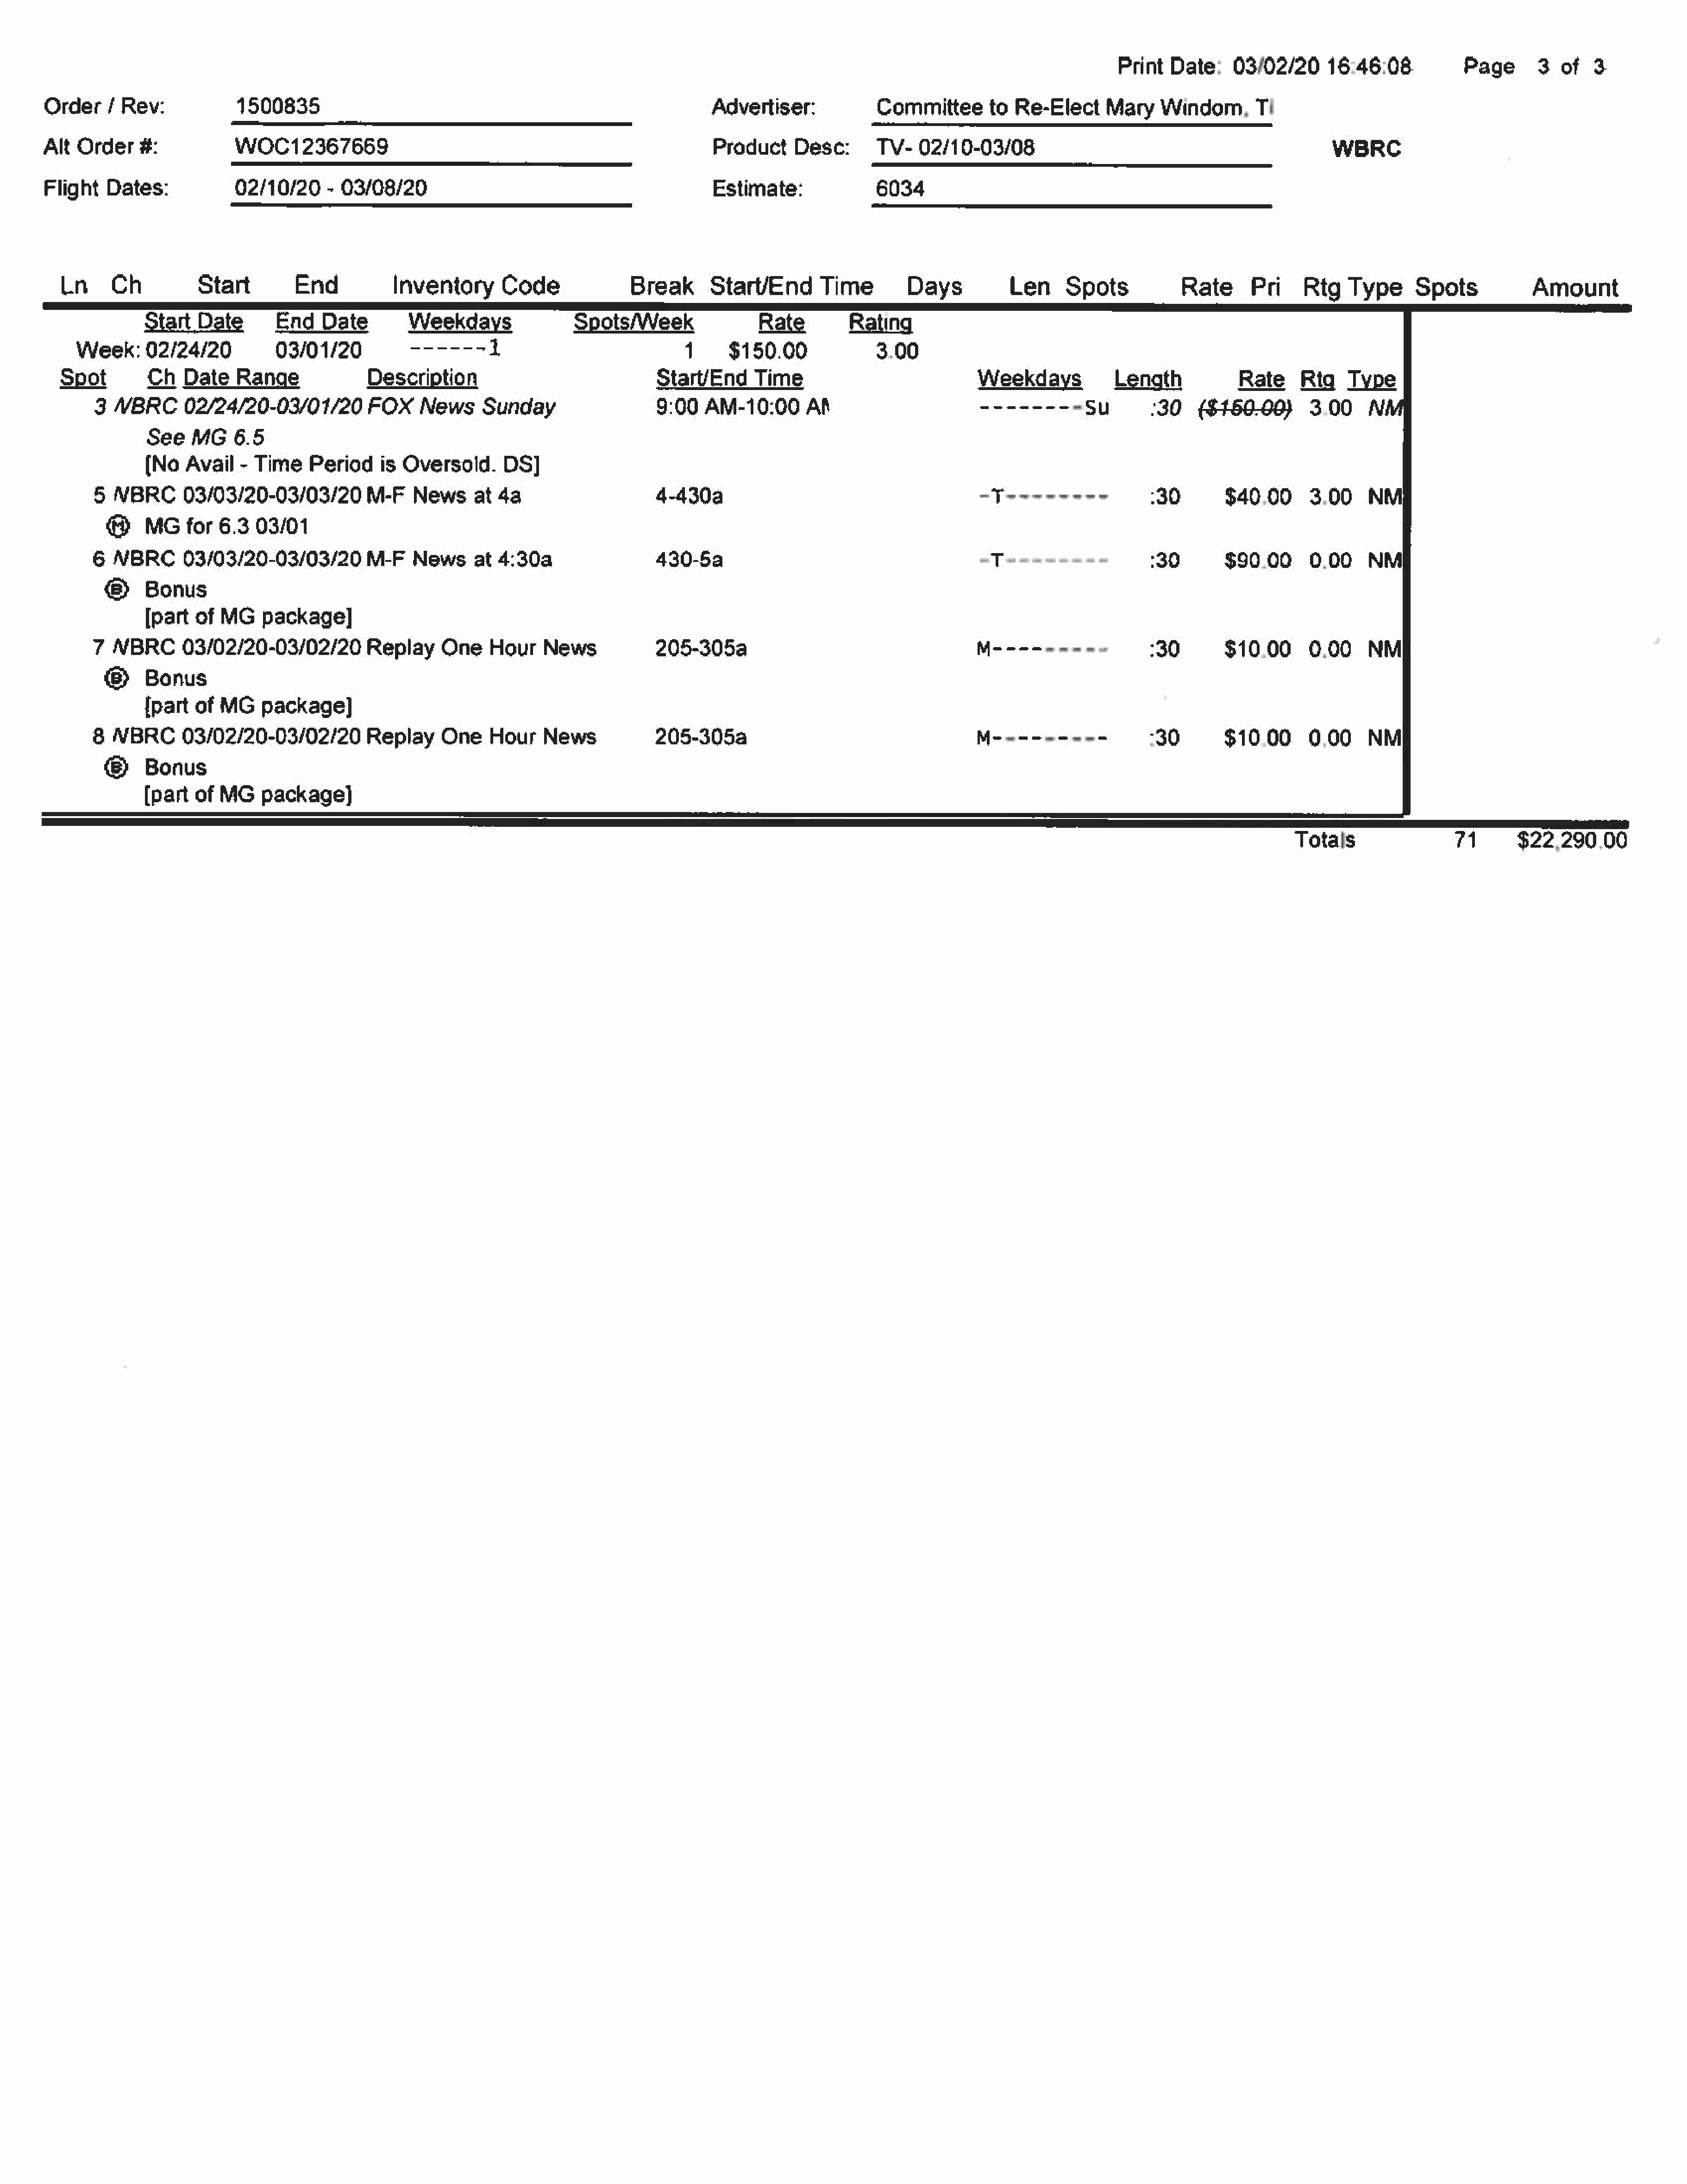
Print  Date:    03/02/20      16:46:08.          Page       3  of   3
 Order    / Rev:             1500835                                                             Advertiser:            Committee       to  Re-Elect     Mary    Windom,     Ti
 Alt  Order    #:            WOC12367669                                                         Product     Desc:      TV-   02/10-03/08                                                WBRC
 Flight   Dates:             02/10/20     - 03/08/20                                             Estimate:              6034
 Ln     Ch          Start         End           Inventory       Code              Break       StarvEndTime                Days          Len     Spots            Rate      Pri    Rtg    Type     Spots            Amount
 StartDate          EndDate           Weekdays                Spots/Week                 Rate        Rating
 Week:     02/24/20          03/01/2000          ------     1                           1     $150.00              3.00
 Spot        Ch   Date    Range              Description                              StarvEnd      Time
 3  NBRC      02/24/20-03/01/20          FOX    News     Sunday                   9:00   AM-10:00      Af                       minora         su        30
 See   MG    6.5
 (No   Avail  - Time    Period    is  Oversold.     DS]
 §  NBRC      03/03/20-03/03/20         M-F    Newsat      4a                     4-430a                                        a   aiaaltatetiad        30        $40.00      3.00     NM
 @     MGfor     6.3   03/01
 6  NBRC      03/03/20-03/03/20         M-F    Newsat      4:30a                  430-5a                                          T                      30        $90.00      0.00     NMI
 Bonus
 [part  of  MG   package]
 7  NBRC      03/02/20-03/02/20         Replay     One    Hour    News            205-305a                                      Ms-ssesse=              230        $10.00      0.00     NM
 Bonus
 {part  of MG    package]
 8  NBRC      03/02/20-03/02/20         Replay     One    Hour    News            205-305a                                      M-2--2-2-               :30        $10.00      0.00     NM
 Bonus
 (part  of MG    package)
 Totals                 71       $22,290.00